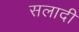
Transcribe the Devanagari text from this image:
सलादी